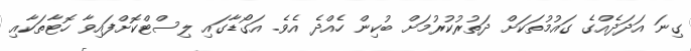
ގިނަ އަދަދެއްގެ ގައުމުތަކަށް ދަތުރުކުރުމަށް ބުކިން ހެއްދެ އެވެ. އަގޯޑާގައި ލިސްޓްކޮށްފައިވާ ހޮޓާތަކާއި